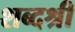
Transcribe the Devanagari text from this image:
शब्दश्री